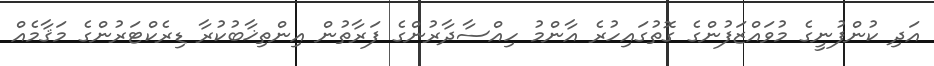
އަދި ކުންފުނީގެ މުވައްޒަފުންގެ ގޮތުގައިހުރެ އާންމު ހިއްސާދާރުންގެ ފަރާތުން އިންތިޚާބުކުރާ ޑިރެކްޓަރުުންގެ މަޤާމެއް